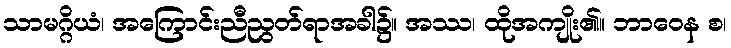
သာမဂ္ဂိယံ၊ အကြောင်းညီညွတ်ရာအခါ၌။ အဿ၊ ထိုအကျိုး၏။ ဘာဝေန စ၊